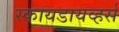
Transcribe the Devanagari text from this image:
स्कायडायव्हर्स